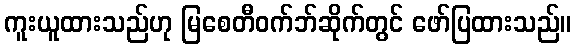
ကူးယူထားသည်ဟု မြစေတီဝက်ဘ်ဆိုက်တွင် ဖော်ပြထားသည်။